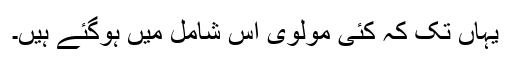
یہاں تک کہ کئی مولوی اس شامل میں ہوگئے ہیں۔